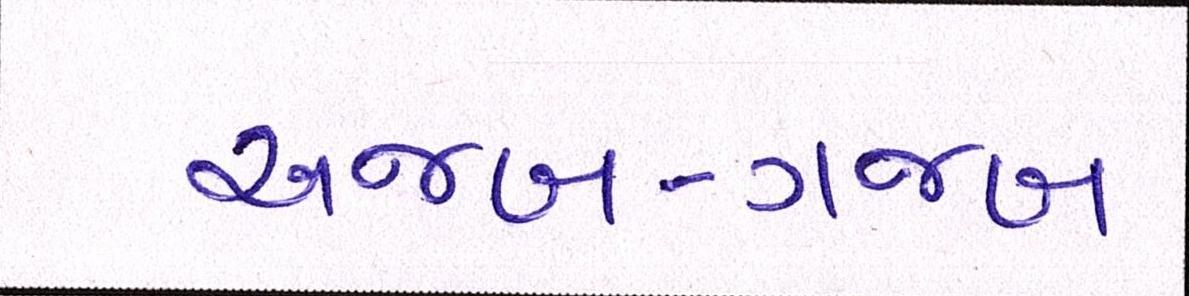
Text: અજબ-ગજબ